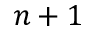
n + 1